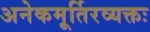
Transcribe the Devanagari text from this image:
अनेकमूर्तिरव्यक्तः